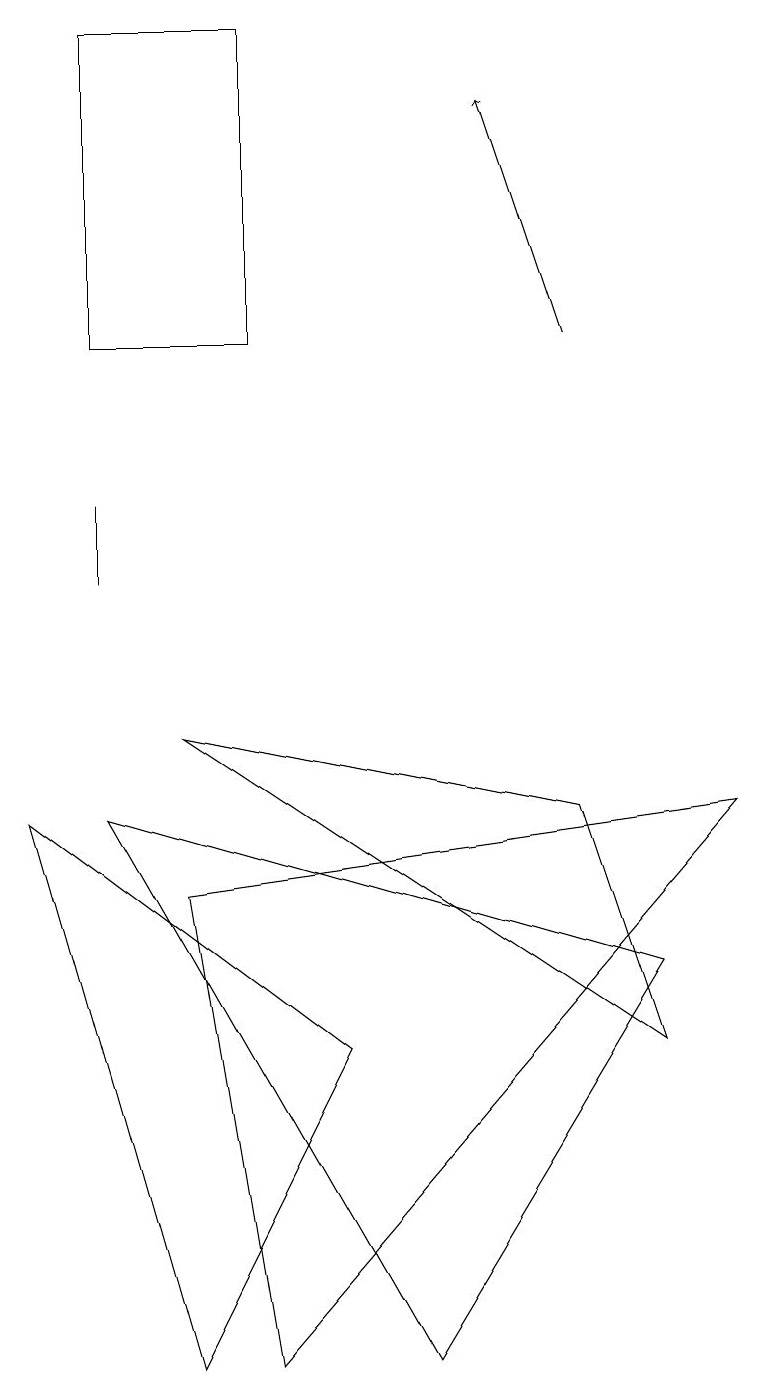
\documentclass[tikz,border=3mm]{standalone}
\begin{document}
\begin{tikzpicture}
\draw (3,16) rectangle (3,18);
\draw (1,18) rectangle (3,14);
\draw (9,8) -- (2,7) -- (3,1) -- cycle;
\draw (1,11) rectangle (1,12);
\draw (7,8) -- (2,9) -- (8,5) -- cycle;
\draw (4,5) -- (2,1) -- (0,8) -- cycle;
\draw (8,6) -- (5,1) -- (1,8) -- cycle;
\draw[->] (7,14) -- (6,17);
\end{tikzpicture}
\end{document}